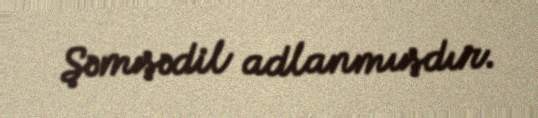
Şəmşədil adlanmışdır.